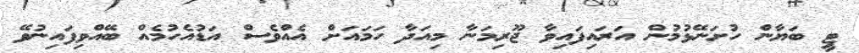
ޓީ ބަޔާން ހުށަނޭޅުމުން އަރައިފައިވާ ޖޫރިމަނާ މިއަދާ ހަމައަށް އެއްވެސް އަޑުއެހުމެއް ބޭއްވިފައިނުވޭ